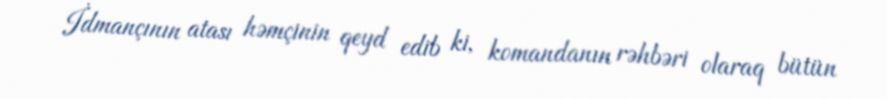
İdmançının atası həmçinin qeyd edib ki, komandanın rəhbəri olaraq bütün